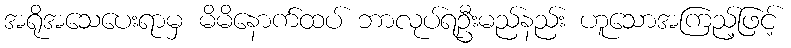
အရိုအသေပေးရာမှ မိမိနောက်ထပ် ဘာလုပ်ရဦးမည်နည်း ဟူသောအကြည့်ဖြင့်